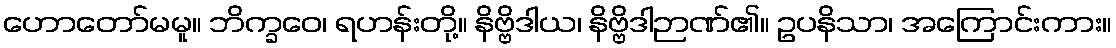
ဟောတော်မမူ။ ဘိက္ခဝေ၊ ရဟန်းတို့။ နိဗ္ဗိဒါယ၊ နိဗ္ဗိဒါဉာဏ်၏။ ဥပနိသာ၊ အကြောင်းကား။